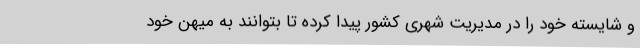
و شایسته خود را در مدیریت شهری کشور پیدا کرده تا بتوانند به میهن خود